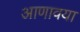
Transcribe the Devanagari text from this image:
आणावया